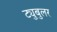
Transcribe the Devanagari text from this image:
ट्युबुलर